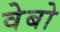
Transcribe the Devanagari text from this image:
वेबो